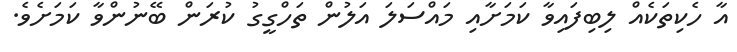
އާ ހެކިތަކެއް ލިބިފައިވާ ކަމަށާއި މައްސަލަ އަލުން ތަހްގީގު ކުރަން ބޭނުންވާ ކަމަށެވެ.